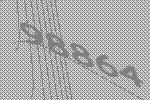
98864